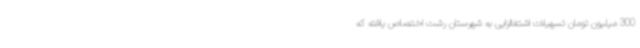
300 میلیون تومان تسهیلات اشتغالزایی به شهرستان رشت اختصاص یافته که